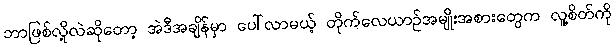
ဘာဖြစ်လို့လဲဆိုတော့ အဲဒီအချိန်မှာ ပေါ်လာမယ့် တိုက်လေယာဉ်အမျိုးအစားတွေက လူ့စိတ်ကို